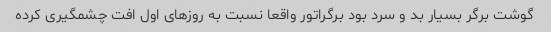
گوشت برگر بسیار بد و سرد بود برگراتور واقعا نسبت به روزهای اول افت چشمگیری کرده